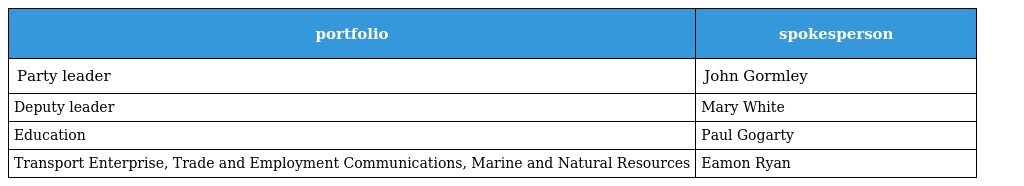
| portfolio | spokesperson |
 | --- | --- |
 | Party leader | John Gormley |
 | Deputy leader | Mary White |
 | Education | Paul Gogarty |
 | Transport Enterprise, Trade and Employment Communications, Marine and Natural Resources | Eamon Ryan |